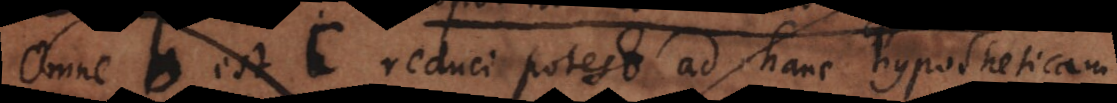
Omne b est c reduci potest ad hanc hypotheticam